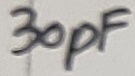
Text: 30pF